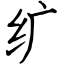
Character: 纩